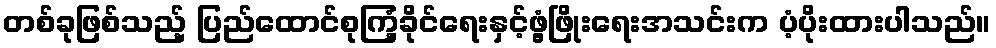
တစ်ခုဖြစ်သည့် ပြည်ထောင်စုကြံ့ခိုင်ရေးနှင့်ဖွံ့ဖြိုးရေးအသင်းက ပံ့ပိုးထားပါသည်။